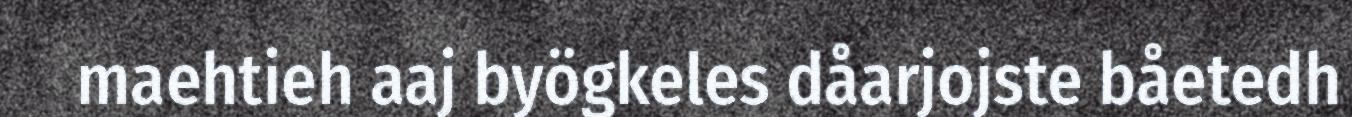
maehtieh aaj byögkeles dåarjojste båetedh